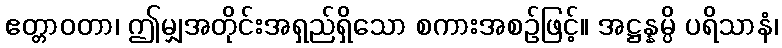
ဧတ္တာဝတာ၊ ဤမျှအတိုင်းအရှည်ရှိသော စကားအစဉ်ဖြင့်။ အဋ္ဌန္နမ္ပိ ပရိသာနံ၊